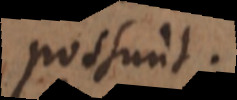
possunt.